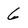
Character: 6